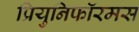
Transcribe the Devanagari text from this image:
प्रियुनिफॉरमस